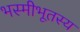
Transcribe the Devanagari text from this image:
भस्मीभूतस्य